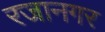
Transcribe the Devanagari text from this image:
रजानगर